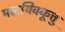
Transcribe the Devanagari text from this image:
मलयिक्कूत्तु